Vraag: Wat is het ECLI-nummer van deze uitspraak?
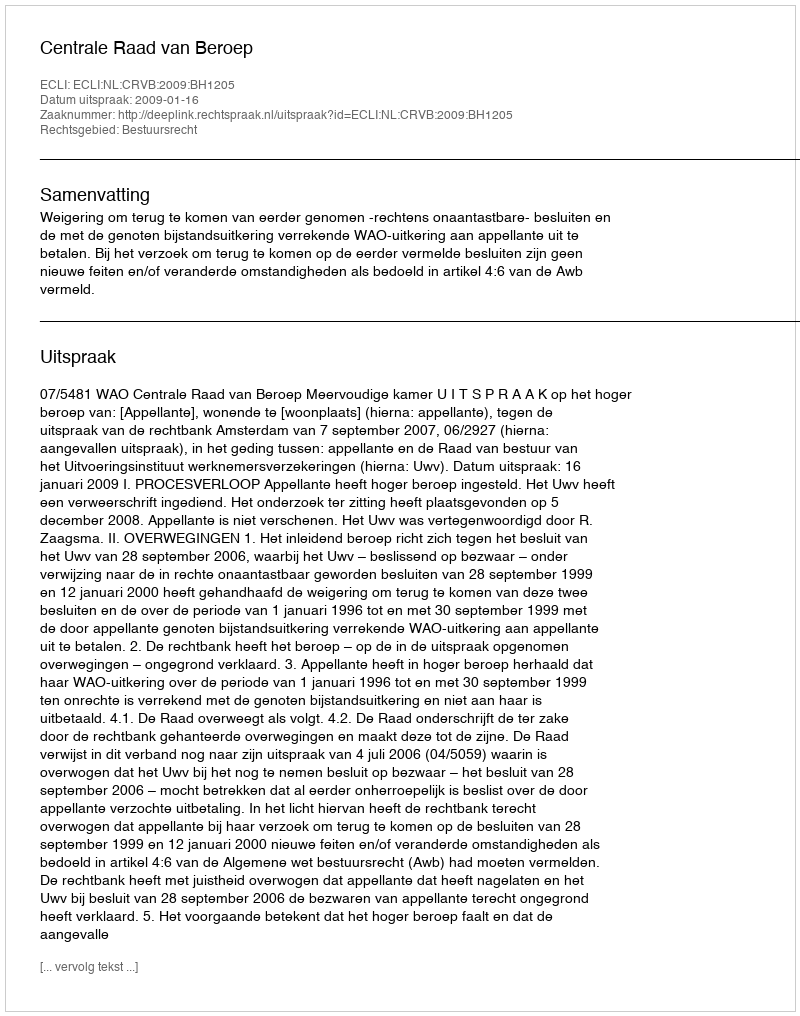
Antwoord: ECLI:NL:CRVB:2009:BH1205